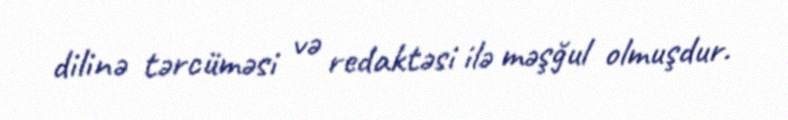
dilinə tərcüməsi və redaktəsi ilə məşğul olmuşdur.